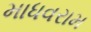
માધવરામ